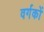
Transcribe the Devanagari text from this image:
वर्गकों